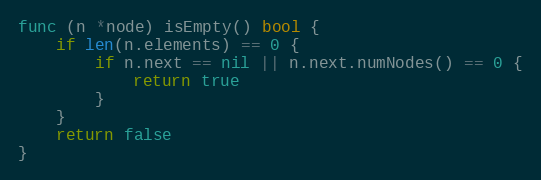
Language: Go
func (n *node) isEmpty() bool {
	if len(n.elements) == 0 {
		if n.next == nil || n.next.numNodes() == 0 {
			return true
		}
	}
	return false
}